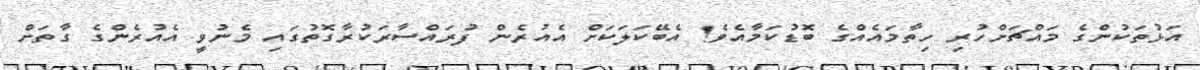
އަޅުތަކުންގެ މައްޗަށްހުރި ހިތާމައެއްގެ ބޮޑުކަމާއެވެ! އެބޭކަލަކަށް އެއުރެން ފުރައްސާރަކުރާގޮތުގައި މެނުވީ އެއުރެންގެ ގާތަށް